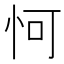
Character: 𪫧